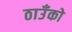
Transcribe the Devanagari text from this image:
ठाउँको